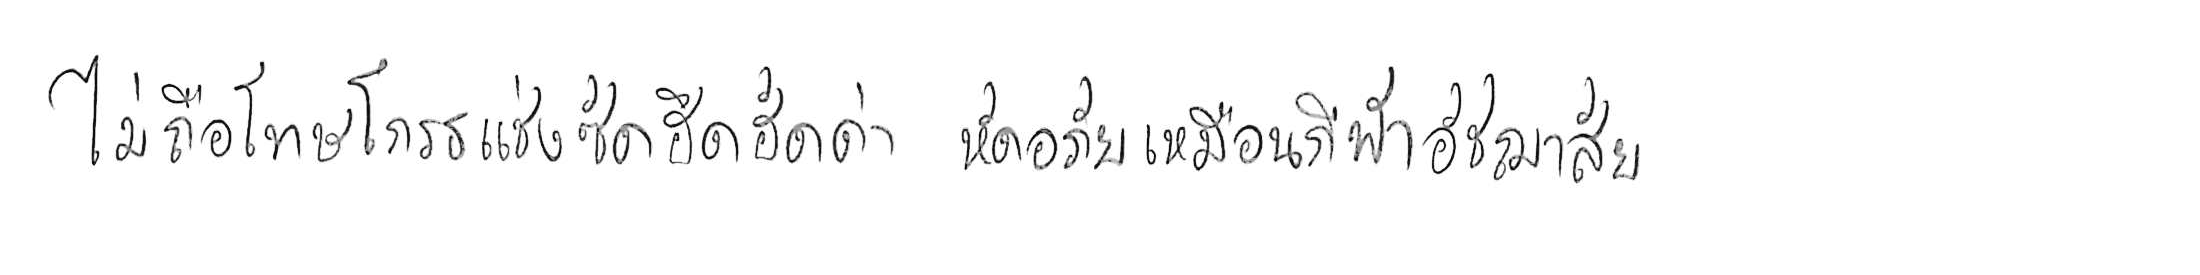
ไม่ถือโทษโกรธแช่งซัดฮึดฮัดด่า หัดอภัยเหมือนกีฬาอัชฌาสัย